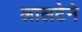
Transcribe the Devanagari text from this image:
लालटेने